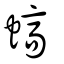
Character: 𧎸